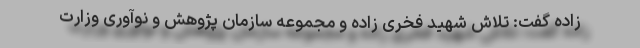
زاده گفت: تلاش شهید فخری زاده و مجموعه سازمان پژوهش و نوآوری وزارت